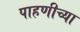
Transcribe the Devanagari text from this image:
पाहणीच्या